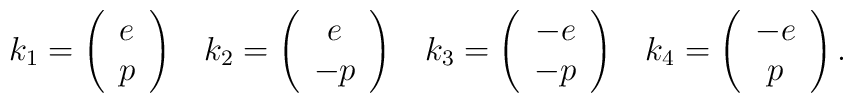
k_1 = \left( \begin{array}{c} e \\ p \end{array} \right) \;\;\;k_2 = \left( \begin{array}{c} e \\ -p \end{array} \right) \;\;\;k_3 = \left( \begin{array}{c} -e \\ -p \end{array} \right) \;\;\;k_4 = \left( \begin{array}{c} -e \\ p \end{array} \right).